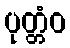
ပုတ္တံဝ